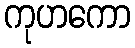
ကုဟကော